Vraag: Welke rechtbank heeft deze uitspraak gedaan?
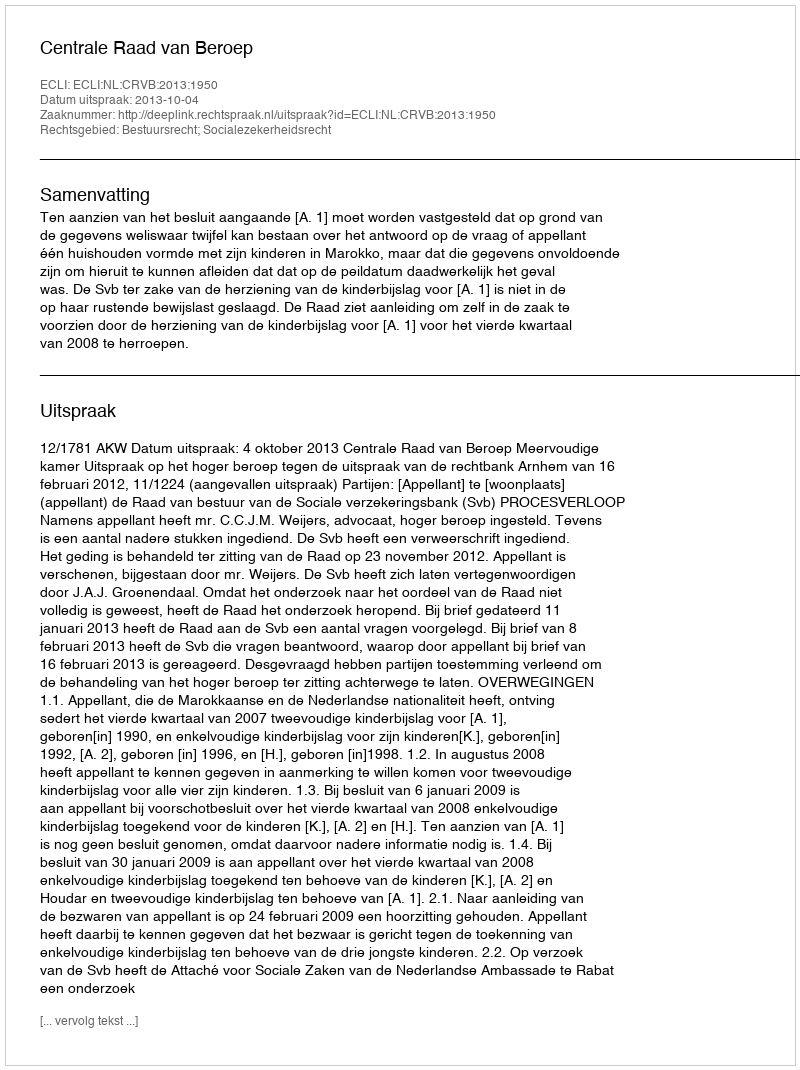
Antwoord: Centrale Raad van Beroep